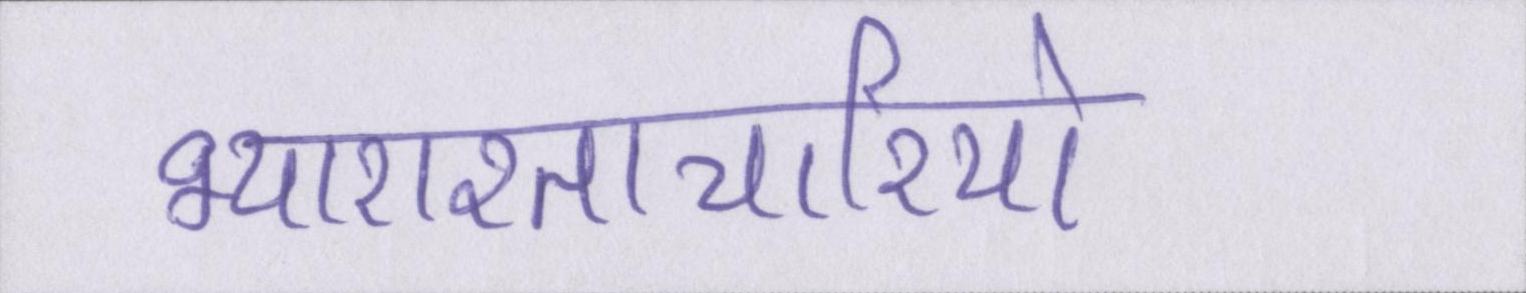
भ्याराश्ताचारियो